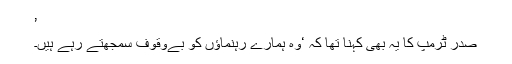
’
صدر ٹرمپ کا یہ بھی کہنا تھا کہ ‘وہ ہمارے رہنماؤں کو بےوقوف سمجھتے رہے ہیں۔